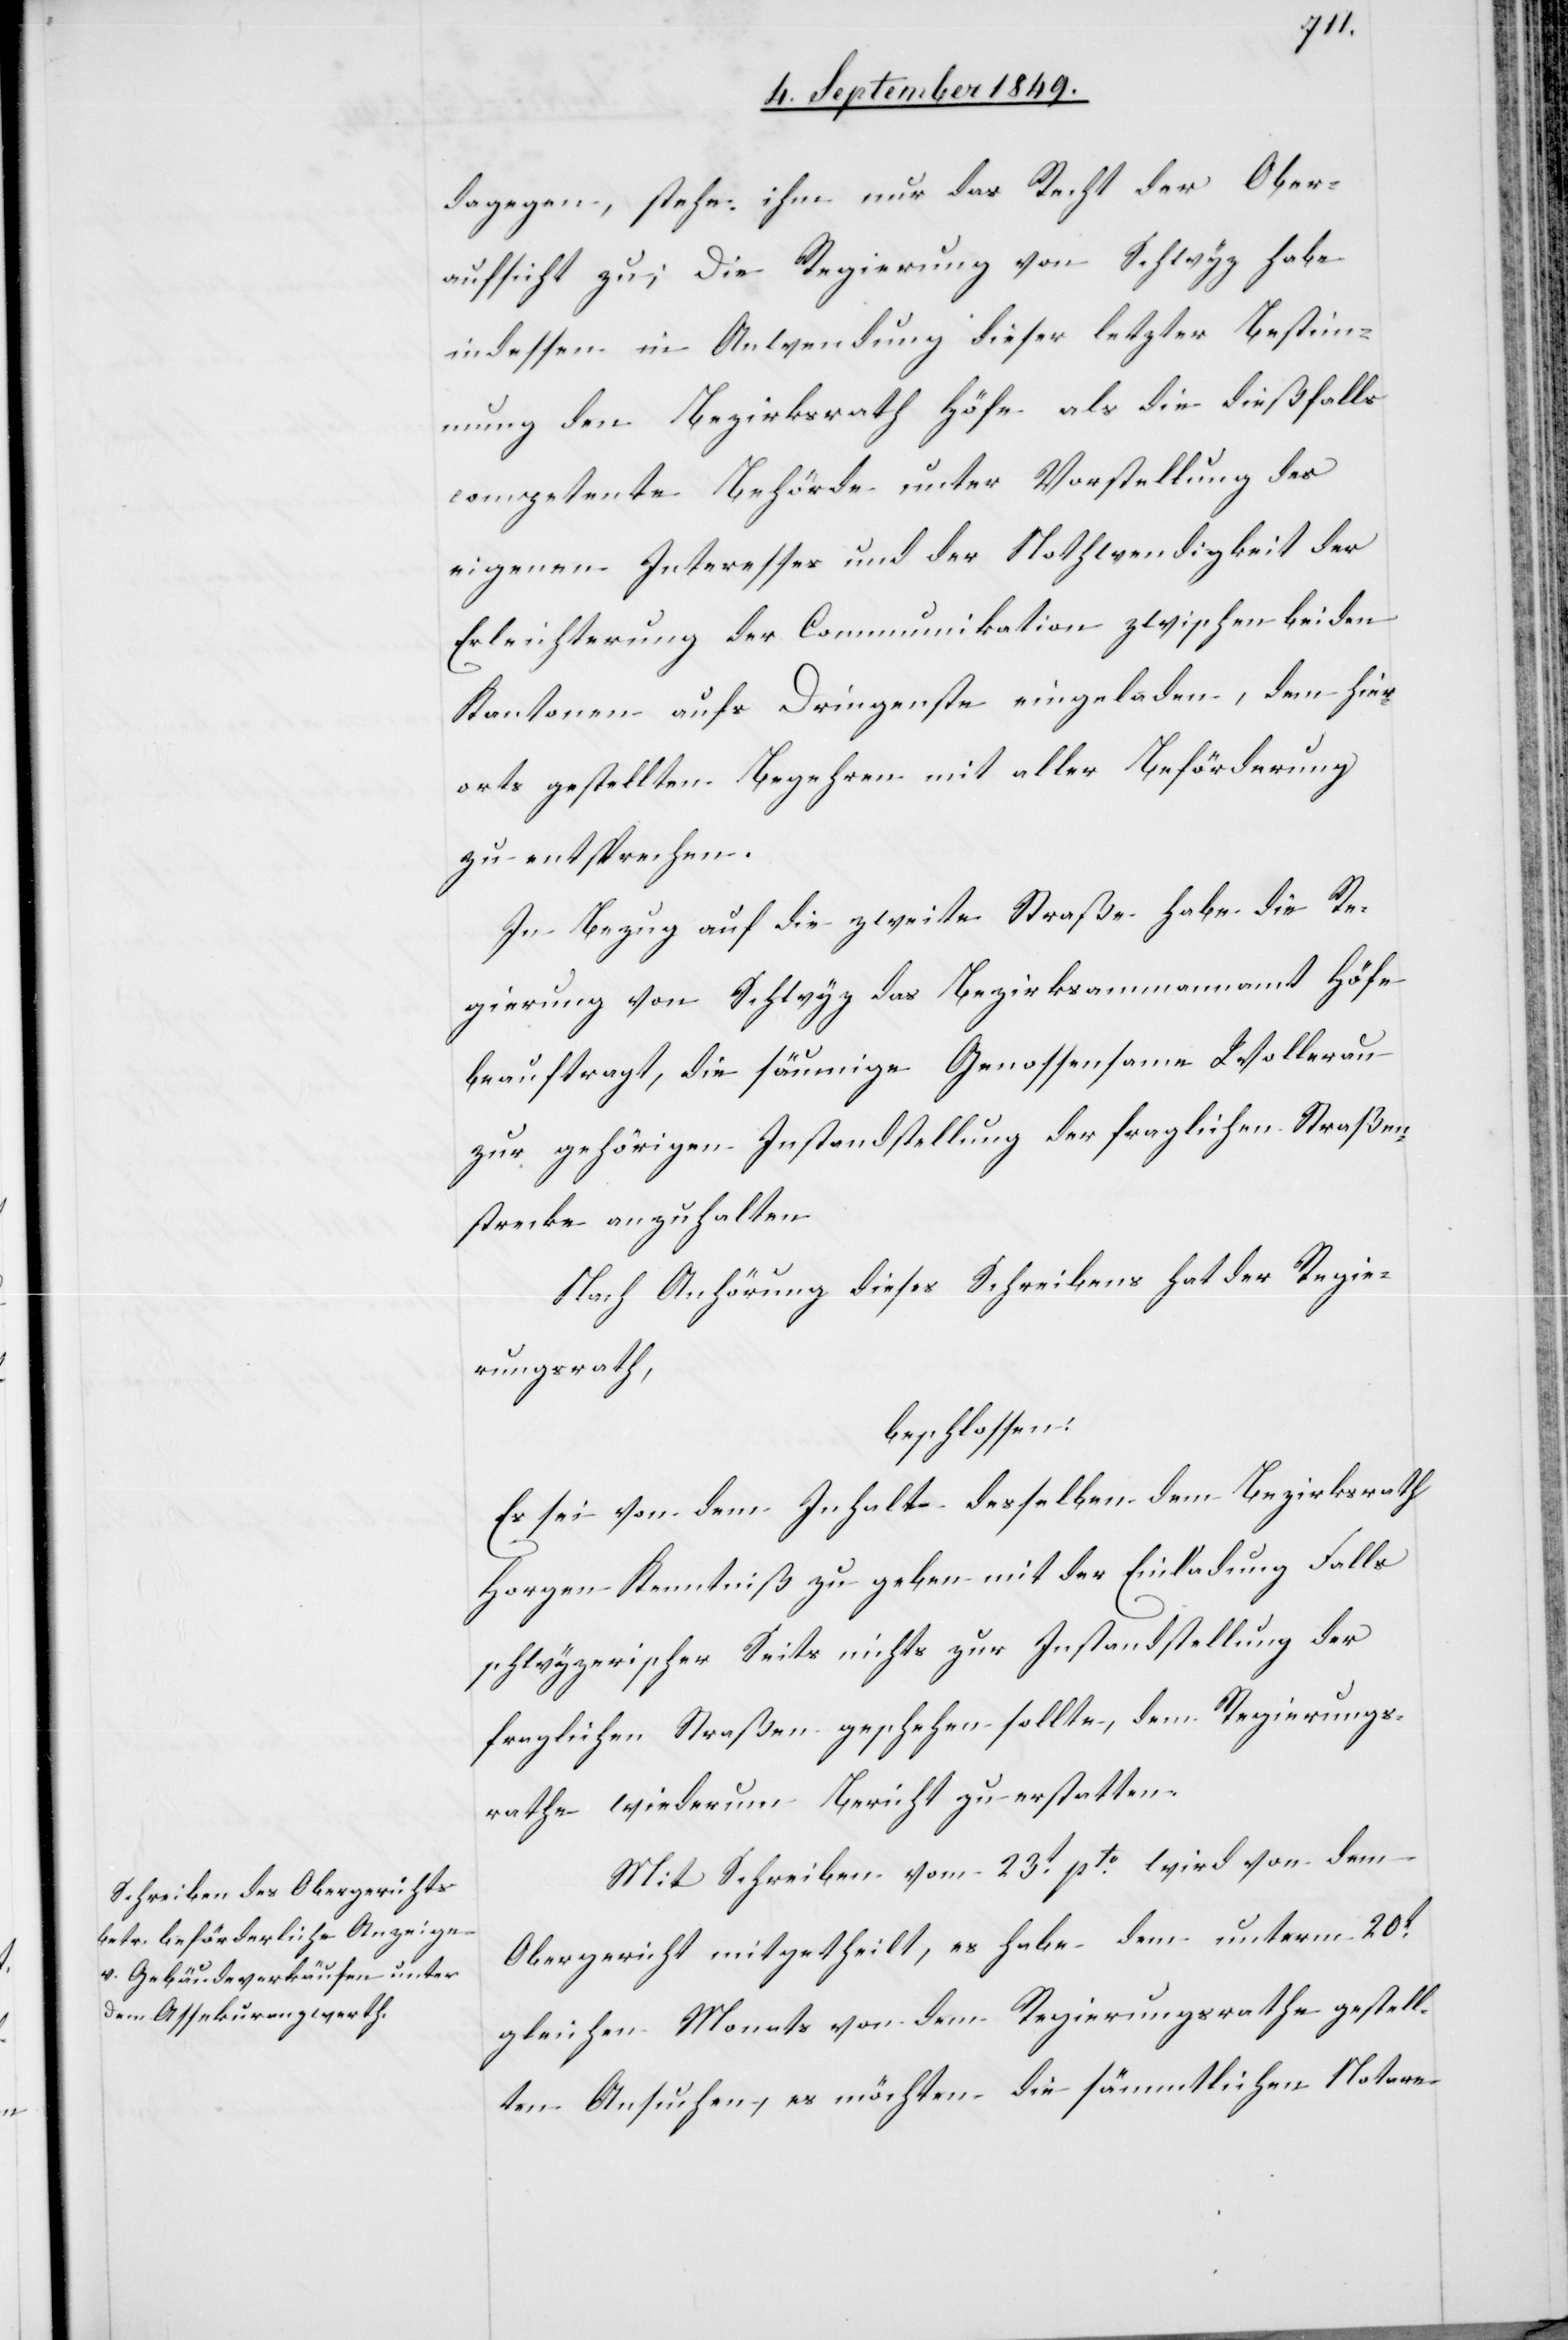
dagegen, stehe ihm nur das Recht der Ober¬
aufsicht zu; Die Regierung von Schwyz habe
indessen in Anwendung dieser letzten Bestimm¬
ung den Bezirksrath Höfe als die dießfalls
competente Behörde unter Vorstellung des
eigenen Interesses und der Nothwendigkeit der
Erleichterung der Communikation zwischen beiden
Kantonen aufs Dringenste eingeladen, dem hier¬
orts gestellten Begehren mit aller Beförderung
zu entsprechen.
In Bezug auf die zweite Straße habe die Re¬
gierung von Schwyz das Bezirksammannamt Höfe
beauftragt, die säumige Genossensame Wollerau
zur gehörigen Instandstellung der fraglichen Straßen¬
strecke anzuhalten
Nach Anhörung dieses Schreibens hat der Regie¬
rungsrath,
beschlossen:
Es sei von dem Inhalte desselben dem Bezirksrath
Horgen Kenntniß zu geben mit der Einladung Falls
schwyzerischer Seits nichts zur Instandstellung der
fraglichen Straßen geschehen sollte, dem Regierungs¬
rathe wiederum Bericht zu erstatten.
Mit Schreiben vom 23t pto wird von dem
Obergericht mitgetheilt, es habe dem unterm 20t
gleichen Monats von dem Regierungsrathe gestell¬
ten Ansuchen, es möchten die sämmtlichen Notare